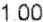
1.00